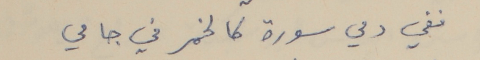
ففي دمي سورة كالخمر في جامي